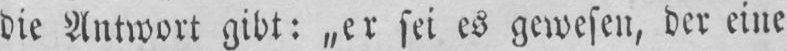
die Autwort gibt: „er sci es gcwescu, dcr ciue